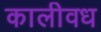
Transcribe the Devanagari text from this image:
कालीवध